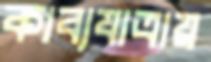
কাব্যযাত্রায়